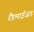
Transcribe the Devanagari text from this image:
रैंडमाईज़ड